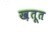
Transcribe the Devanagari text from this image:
ख़तूत